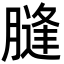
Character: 膖